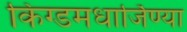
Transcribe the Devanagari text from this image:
किंग्डमधार्जिण्या